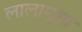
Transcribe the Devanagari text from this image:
लालामुसा